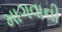
માગવાની